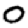
Digit: 0